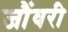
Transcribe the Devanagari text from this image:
जौंवरी